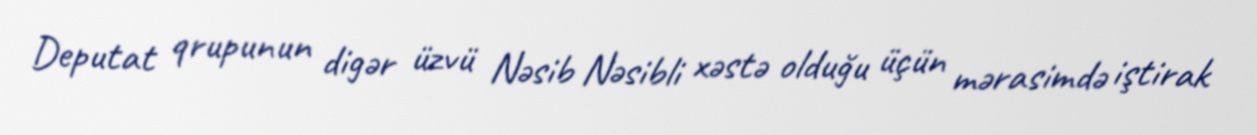
Deputat qrupunun digər üzvü Nəsib Nəsibli xəstə olduğu üçün mərasimdə iştirak